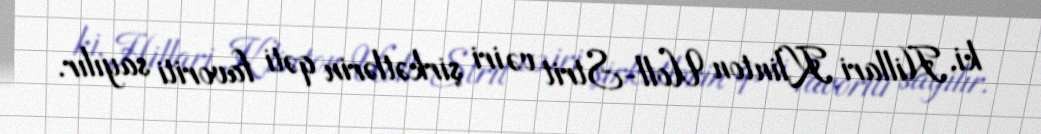
ki, Hillari Klinton Uoll-Strit və iri şirkətlərin qəti favoriti sayılır.